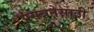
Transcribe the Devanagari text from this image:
प्रसन्नतेसाठी